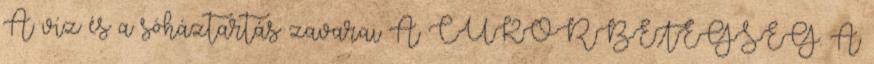
A víz és a sóháztartás zavarai A CUKORBETEGSÉG. A